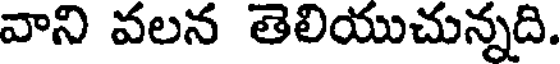
వాని వలన తెలియుచున్నది.